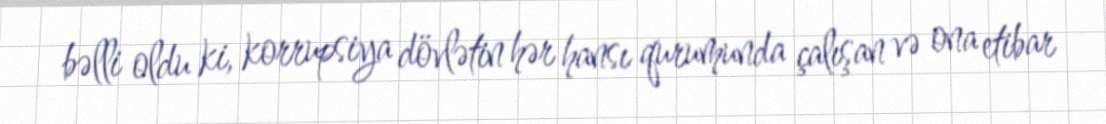
bəlli oldu ki, korrupsiya dövlətin hər hansı qurumunda çalışan və ona etibar